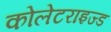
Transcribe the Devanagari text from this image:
कोलेटराइज्ड